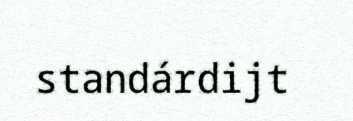
standárdijt